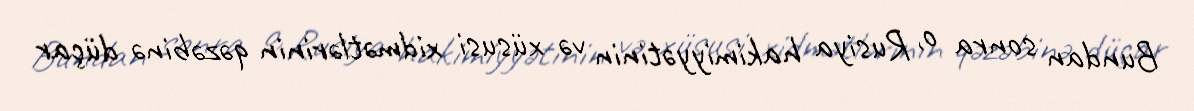
Bundan sonra o, Rusiya hakimiyyətinin və xüsusi xidmətlərinin qəzəbinə düçar